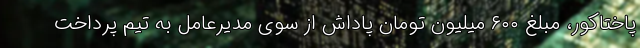
پاختاکور، مبلغ ۶۰۰ میلیون تومان پاداش از سوی مدیرعامل به تیم پرداخت